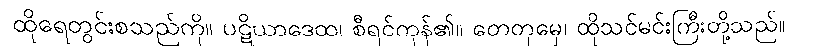
ထိုရေတွင်းစသည်ကို။ ပဋိယာဒေထ၊ စီရင်ကုန်၏။ တေတုမှေ၊ ထိုသင်မင်းကြီးတို့သည်။